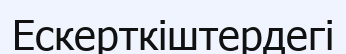
Ескерткіштердегі